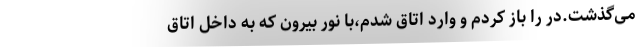
می‌گذشت.در را باز کردم و وارد اتاق شدم،با نور بیرون که به داخل اتاق